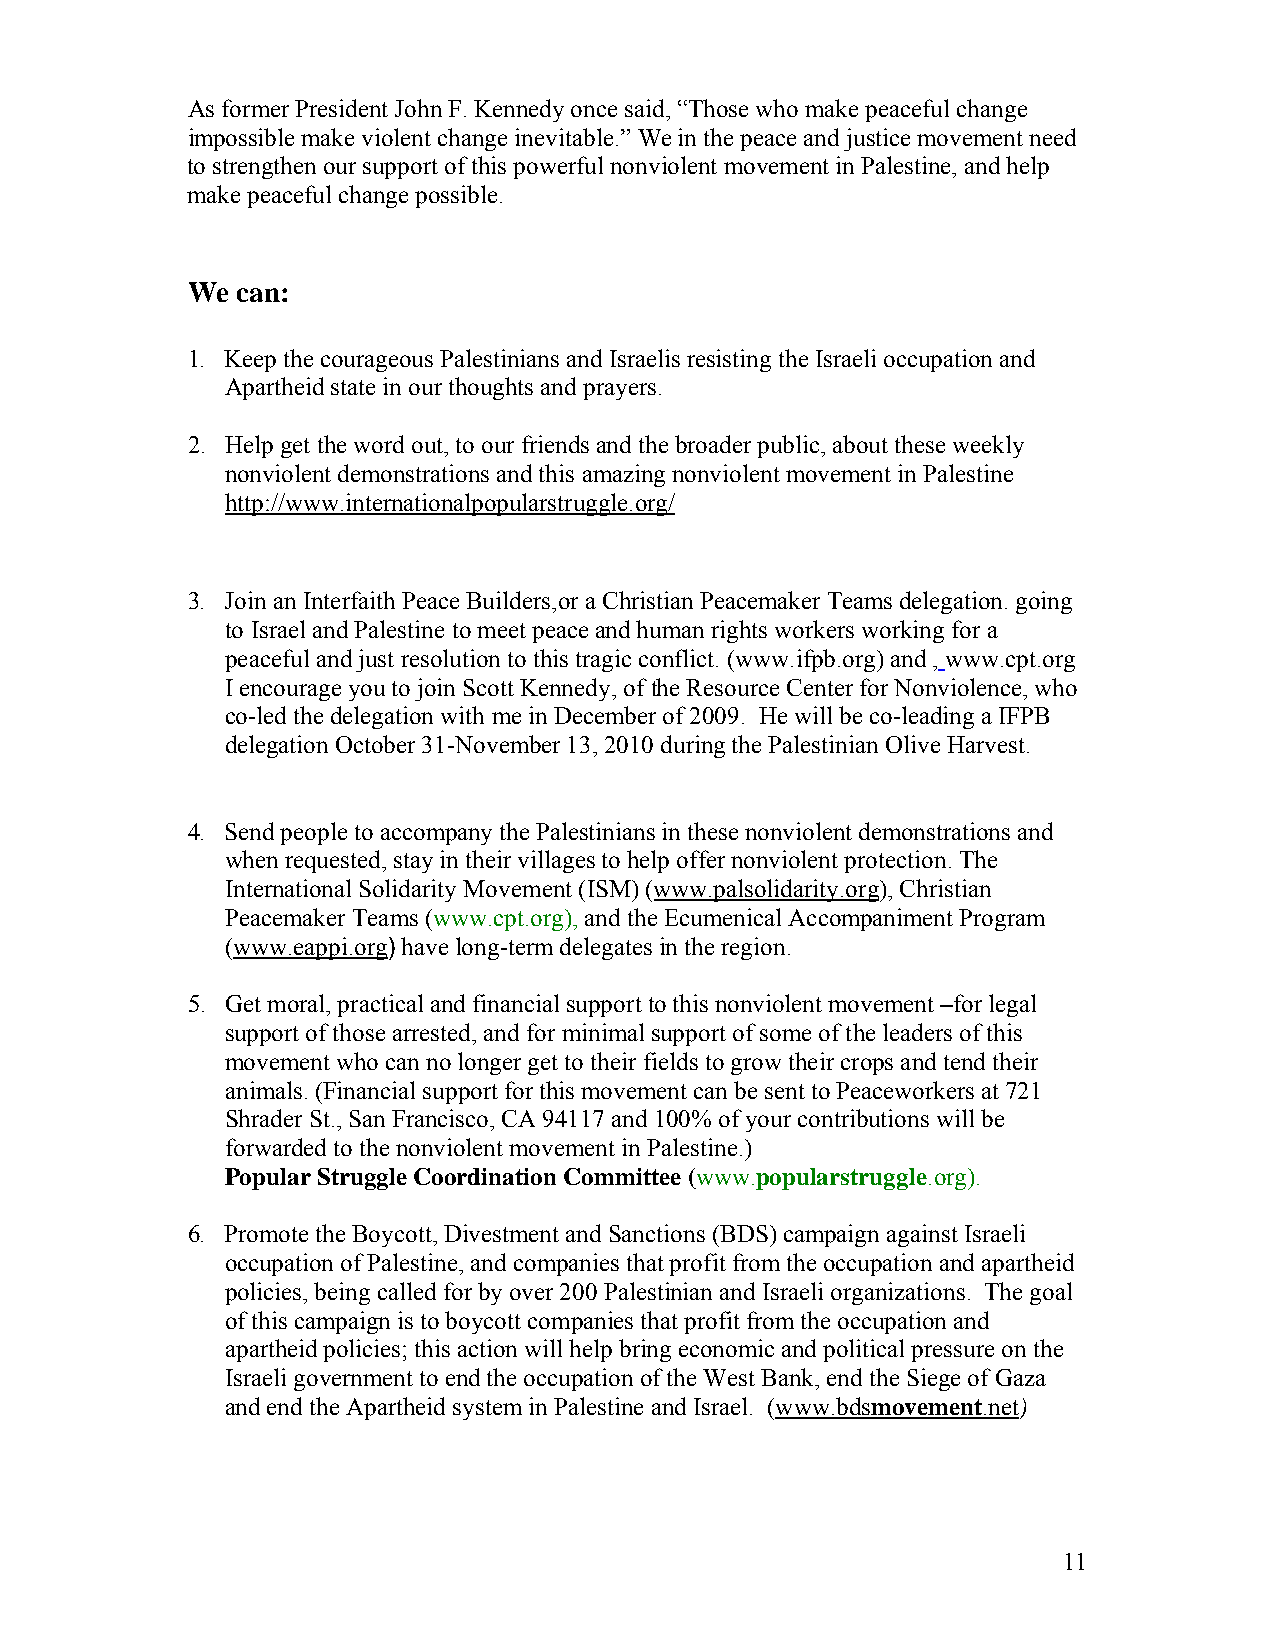
As former President John F. Kennedy once said, “Those who make peaceful change
 impossible make violent change inevitable.” We in the peace and justice movement need
 to strengthen our support of this powerful nonviolent movement in Palestine, and help
 make peaceful change possible.
 We  can:
 1. Keep the courageous Palestinians and Israelis resisting the Israeli occupation and
 Apartheid state in our thoughts and prayers.
 2. Help get the word out, to our friends and the broader public, about these weekly
 nonviolent demonstrations and this amazing nonviolent movement in Palestine
 http://www.internationalpopularstruggle.org/
 3. Join an Interfaith Peace Builders,or a Christian Peacemaker Teams delegation. going
 to Israel and Palestine to meet peace and human rights workers working for a
 peaceful and just resolution to this tragic conflict. (www.ifpb.org) and , www.cpt.org
 I encourage you to join Scott Kennedy, of the Resource Center for Nonviolence, who
 co-led the delegation with me in December of 2009. He will be co-leading a IFPB
 delegation October 31-November 13, 2010 during the Palestinian Olive Harvest.
 4. Send people to accompany the Palestinians in these nonviolent demonstrations and
 when requested, stay in their villages to help offer nonviolent protection. The
 International Solidarity Movement (ISM) (www.palsolidarity.org), Christian
 Peacemaker Teams (www.cpt.org), and the Ecumenical Accompaniment Program
 (www.eappi.org) have long-term delegates in the region.
 5. Get moral, practical and financial support to this nonviolent movement –for legal
 support of those arrested, and for minimal support of some of the leaders of this
 movement who can no longer get to their fields to grow their crops and tend their
 animals. (Financial support for this movement can be sent to Peaceworkers at 721
 Shrader St., San Francisco, CA 94117 and 100% of your contributions will be
 forwarded to the nonviolent movement in Palestine.)
 Popular Struggle Coordination Committee (www.popularstruggle.org).
 6. Promote the Boycott, Divestment and Sanctions (BDS) campaign against Israeli
 occupation of Palestine, and companies that profit from the occupation and apartheid
 policies, being called for by over 200 Palestinian and Israeli organizations. The goal
 of this campaign is to boycott companies that profit from the occupation and
 apartheid policies; this action will help bring economic and political pressure on the
 Israeli government to end the occupation of the West Bank, end the Siege of Gaza
 and end the Apartheid system in Palestine and Israel. (www.bdsmovement.net)
 11